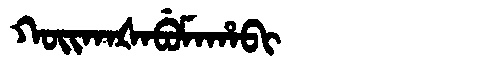
Manchu: ᡴᠣᡳᡴᠠᡧᠠᠪᡠᠮᠠᡥᠠᠪᡳ
Romanization: KOIKAŠABUMAHABI